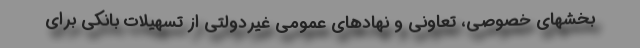
بخشهای خصوصی، تعاونی و نهادهای عمومی غیردولتی از تسهیلات بانکی برای